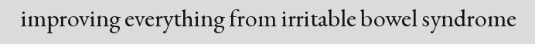
improving everything from irritable bowel syndrome